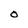
Character: O